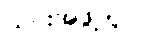
ယင်းအဖွဲ့တွင်